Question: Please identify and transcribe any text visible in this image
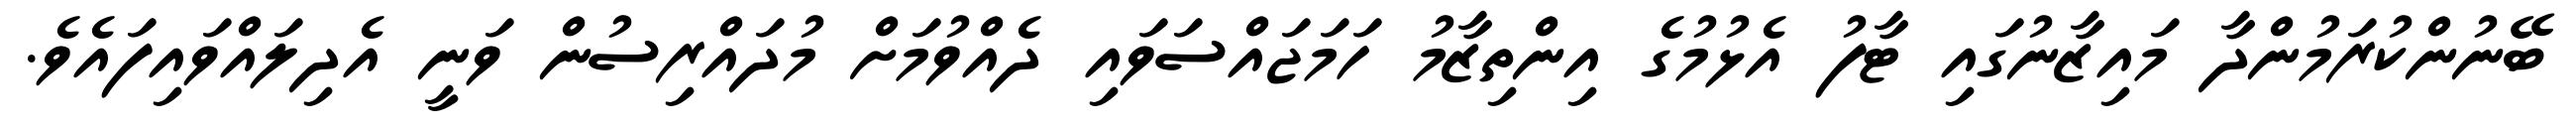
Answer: ބޭނުންކުރަމުންދާ މައިޒާނުގައި ޓާފު އެޅުމުގެ އިންތިޒާމު ހަމަޖައްސަވައި ދެއްވުމަށް މުދައްރިސުން ވަނީ އެދިލައްވައިފައެވެ.